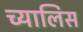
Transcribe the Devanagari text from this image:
च्यालिस